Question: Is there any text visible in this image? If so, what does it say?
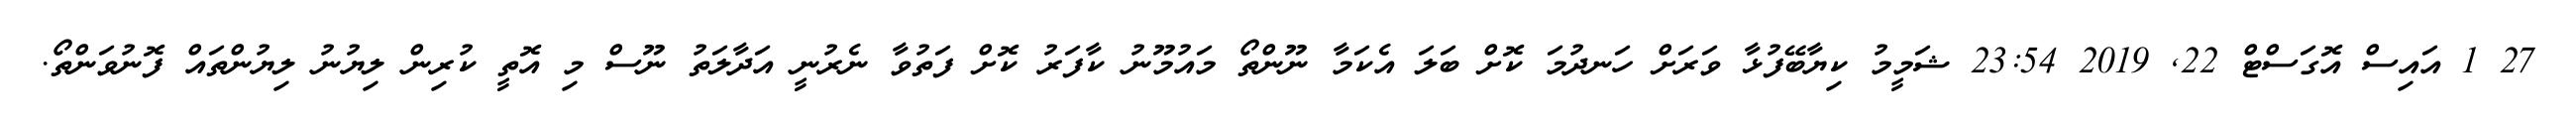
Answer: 27 1 އައިސް އޮގަސްޓް 22, 2019 23:54 ޝަމީމު ކިޔާބޭފުޅާ ވަރަށް ހަނދުމަ ކޮށް ބަލަ އެކަމާ ނޫންތޯ މައުމޫނު ކާފަރު ކޮށް ފަތުވާ ނެރުނީ އަދާލަތު ނޫސް މި އޮތީ ކުރިން ލިޔުނު ލިޔުންތައް ފޮނުވަންތޯ.